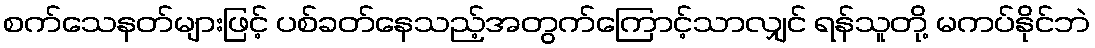
စက်သေနတ်များဖြင့် ပစ်ခတ်နေသည့်အတွက်ကြောင့်သာလျှင် ရန်သူတို့ မကပ်နိုင်ဘဲ